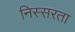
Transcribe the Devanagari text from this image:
निस्सरता